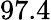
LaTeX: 97.4